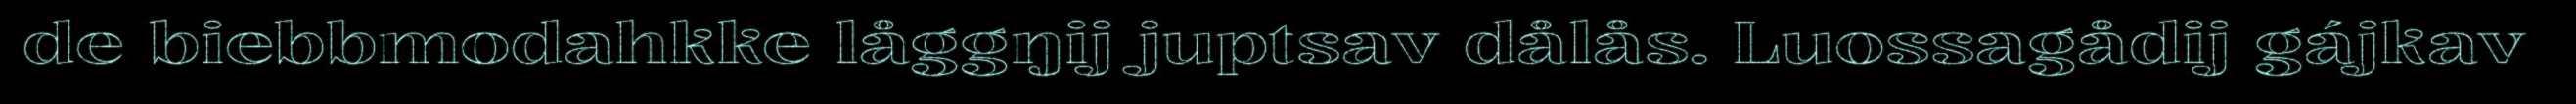
de biebbmodahkke låggŋij juptsav dålås. Luossagådij gájkav